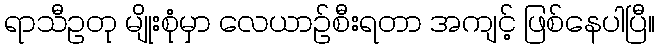
ရာသီဥတု မျိုးစုံမှာ လေယာဉ်စီးရတာ အကျင့် ဖြစ်နေပါပြီ။